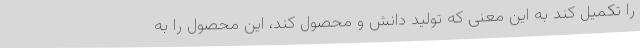
را تکمیل کند به این معنی که تولید دانش و محصول کند، این محصول را به